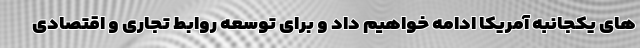
های یکجانبه آمریکا ادامه خواهیم داد و برای توسعه روابط تجاری و اقتصادی